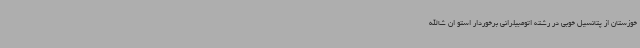
خوزستان از پتانسیل خوبی در رشته اتومبیلرانی برخوردار استو ان شاالله